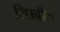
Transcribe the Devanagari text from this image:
सिम्बॉल